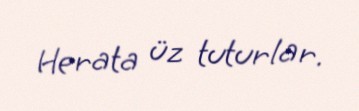
Herata üz tuturlar.